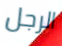
الرجل